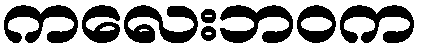
ကလေးဘဝက